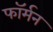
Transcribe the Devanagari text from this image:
फॉर्मन